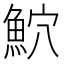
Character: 𫙕